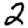
Digit: 2